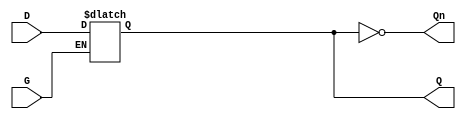
module GatedDLatch (
    input wire D,    // Data input
    input wire G,    // Gating control signal
    output reg Q,    // Output
    output wire Qn   // Complementary output (optional)
);

// Complementary output
assign Qn = ~Q;

// Always block to implement the latch behavior
always @ (G or D) begin
    if (G) begin
        Q <= D;  // When G is high, Q follows D
    end
    // When G is low, Q retains its previous value
end

endmodule